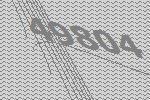
49804